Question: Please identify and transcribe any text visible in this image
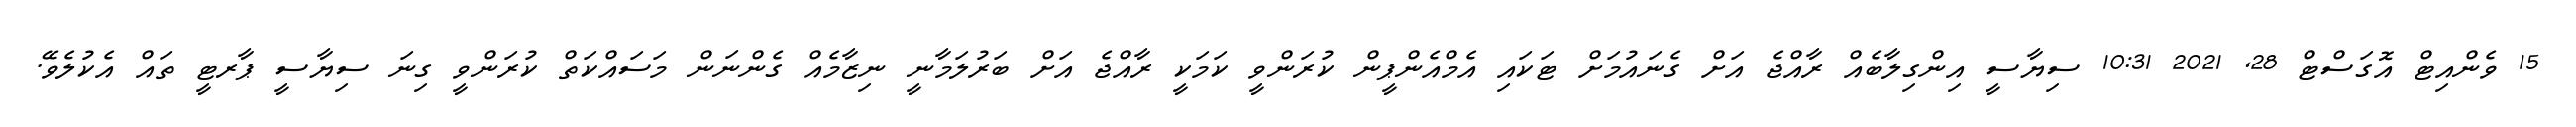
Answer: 15 ވެންއިޓް އޮގަސްޓް 28, 2021 10:31 ސިޔާސީ އިންގިލާބެއް ރާއްޖެ އަށް ގެނައުމަށް ޓަކައި އެމްއެންޕީން ކުރަންވީ ކަމަކީ ރާއްޖެ އަށް ބަރުލަމާނީ ނިޒާމެއް ގެންނަން މަސައްކަތް ކުރަންވީ ގިނަ ސިޔާސީ ޕާރޓީ ތައް އެކުލެވޭ.